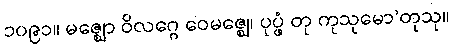
၁၀၉၁။ မဇ္ဈော ဝိလဂ္ဂေ ဝေမဇ္ဈေ၊ ပုပ္ဖံ တု ကုသုမော’တုသု။